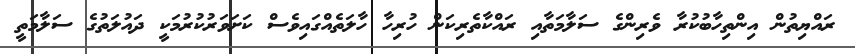
ރައްޔިތުން އިންތިހާބުކުރާ ވެރިންގެ ސަލާމަތާއި ރައްކާތެރިކަން ހުރިހާ ހާލަތެއްގައިވެސް ކަށަވަރުކުރުމަކީ ދައުލަތުގެ ސަލާމަތީ